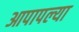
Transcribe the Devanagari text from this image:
आपापल्‍या